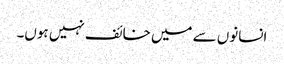
انسانوں سے میں خائف نہیں ہوں۔